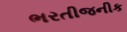
ભરતીજનીક